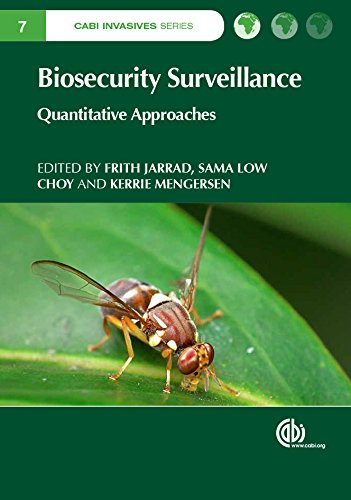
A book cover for Biosecurity Surveillance: Quantitative Approaches (CABI Invasives Series); Science & Math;